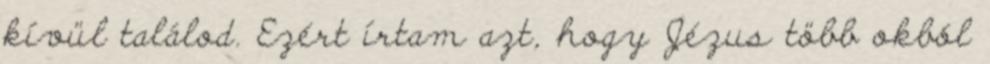
kívül találod. Ezért írtam azt, hogy Jézus több okból